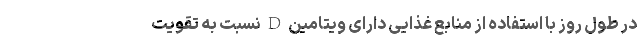
در طول روز با استفاده از منابع غذایی دارای ویتامین D نسبت به تقویت